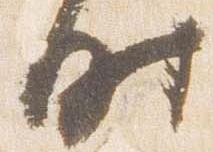
時